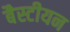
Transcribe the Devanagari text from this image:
बैस्टीयन